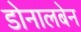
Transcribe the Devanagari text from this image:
डोनालबेन